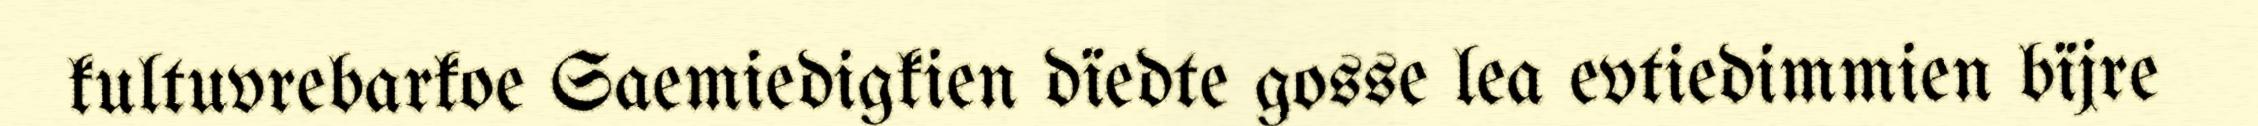
kultuvrebarkoe Saemiedigkien dïedte gosse lea evtiedimmien bïjre